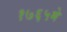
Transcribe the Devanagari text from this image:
१७६५मे